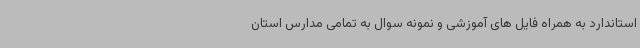
استاندارد به همراه فایل های آموزشی و نمونه سوال به تمامی مدارس استان